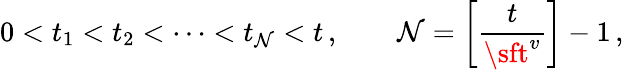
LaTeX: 0<t_{1}<t_{2}<\dots<t_{\mathcal{N}}<t\, ,\qquad\mathcal{N}=\left[\frac{{t}}{{{\sft^{v}}}}\right]-1\, ,